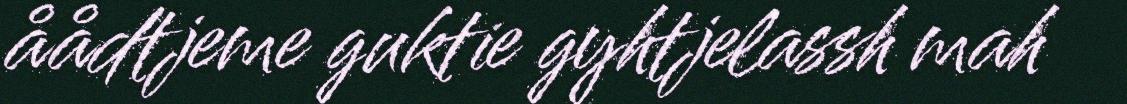
åådtjeme guktie gyhtjelassh mah